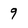
Character: 9